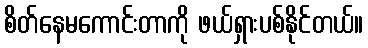
စိတ်နေမကောင်းတာကို ဖယ်ရှားပစ်နိုင်တယ်။